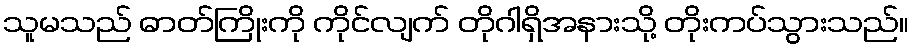
သူမသည် ဓာတ်ကြိုးကို ကိုင်လျက် တိုဂါရှိအနားသို့ တိုးကပ်သွားသည်။